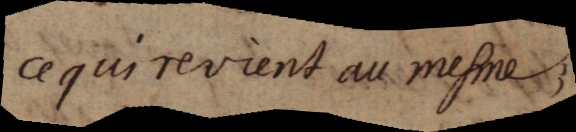
ce qui revient au mesme,